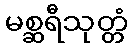
မစ္ဆရီသုတ္တံ